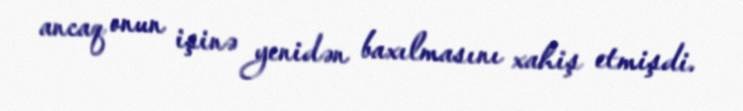
ancaq onun işinə yenidən baxılmasını xahiş etmişdi.